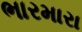
ભારમારા